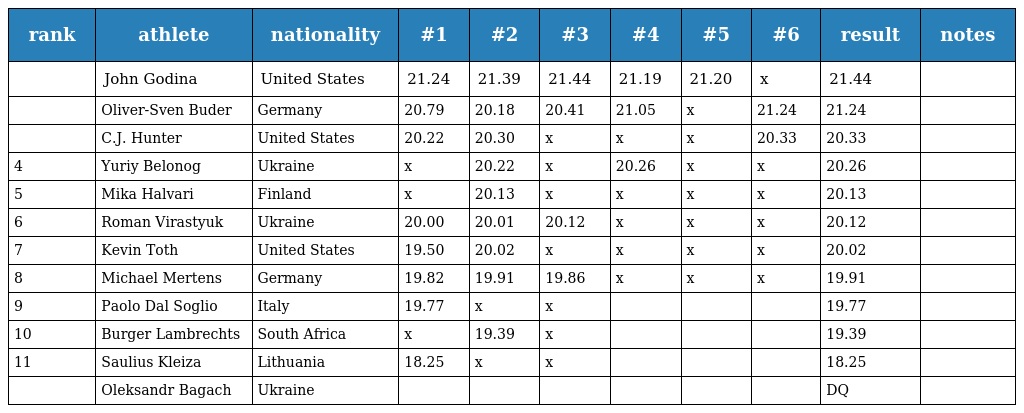
| rank | athlete | nationality | #1 | #2 | #3 | #4 | #5 | #6 | result | notes |
 | --- | --- | --- | --- | --- | --- | --- | --- | --- | --- | --- |
 |  | John Godina | United States | 21.24 | 21.39 | 21.44 | 21.19 | 21.20 | x | 21.44 |  |
 |  | Oliver-Sven Buder | Germany | 20.79 | 20.18 | 20.41 | 21.05 | x | 21.24 | 21.24 |  |
 |  | C.J. Hunter | United States | 20.22 | 20.30 | x | x | x | 20.33 | 20.33 |  |
 | 4 | Yuriy Belonog | Ukraine | x | 20.22 | x | 20.26 | x | x | 20.26 |  |
 | 5 | Mika Halvari | Finland | x | 20.13 | x | x | x | x | 20.13 |  |
 | 6 | Roman Virastyuk | Ukraine | 20.00 | 20.01 | 20.12 | x | x | x | 20.12 |  |
 | 7 | Kevin Toth | United States | 19.50 | 20.02 | x | x | x | x | 20.02 |  |
 | 8 | Michael Mertens | Germany | 19.82 | 19.91 | 19.86 | x | x | x | 19.91 |  |
 | 9 | Paolo Dal Soglio | Italy | 19.77 | x | x |  |  |  | 19.77 |  |
 | 10 | Burger Lambrechts | South Africa | x | 19.39 | x |  |  |  | 19.39 |  |
 | 11 | Saulius Kleiza | Lithuania | 18.25 | x | x |  |  |  | 18.25 |  |
 |  | Oleksandr Bagach | Ukraine |  |  |  |  |  |  | DQ |  |